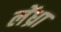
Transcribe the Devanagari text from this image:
लेंध्रा